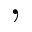
,